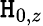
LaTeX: \mathtt{H}_{0,z}